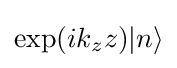
\exp(ik_{z}z)\vert n\rangle